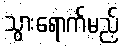
သွားရောက်မည့်